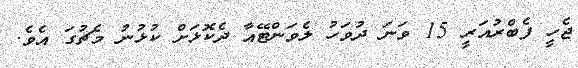
ޖެހީ ފެބްރުއަރީ 15 ވަނަ ދުވަހު ލެވަންޓޭއާ ދެކޮޅަށް ކުޅުނު މެޗުގަ އެވެ.